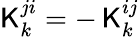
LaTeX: {\sf K}_{k}^{ji}=-\, {\sf K}_{k}^{ij}